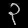
Digit: ၃